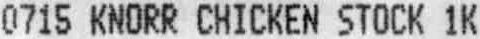
0715 KNORR CHICKEN STOCK 1K